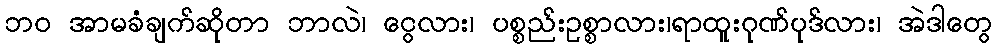
ဘဝ အာမခံချက်ဆိုတာ ဘာလဲ၊ ငွေလား၊ ပစ္စည်းဥစ္စာလား၊ရာထူးဂုဏ်ပုဒ်လား၊ အဲဒါတွေ